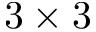
3 \times 3